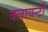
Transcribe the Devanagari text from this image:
क्लायन्टों